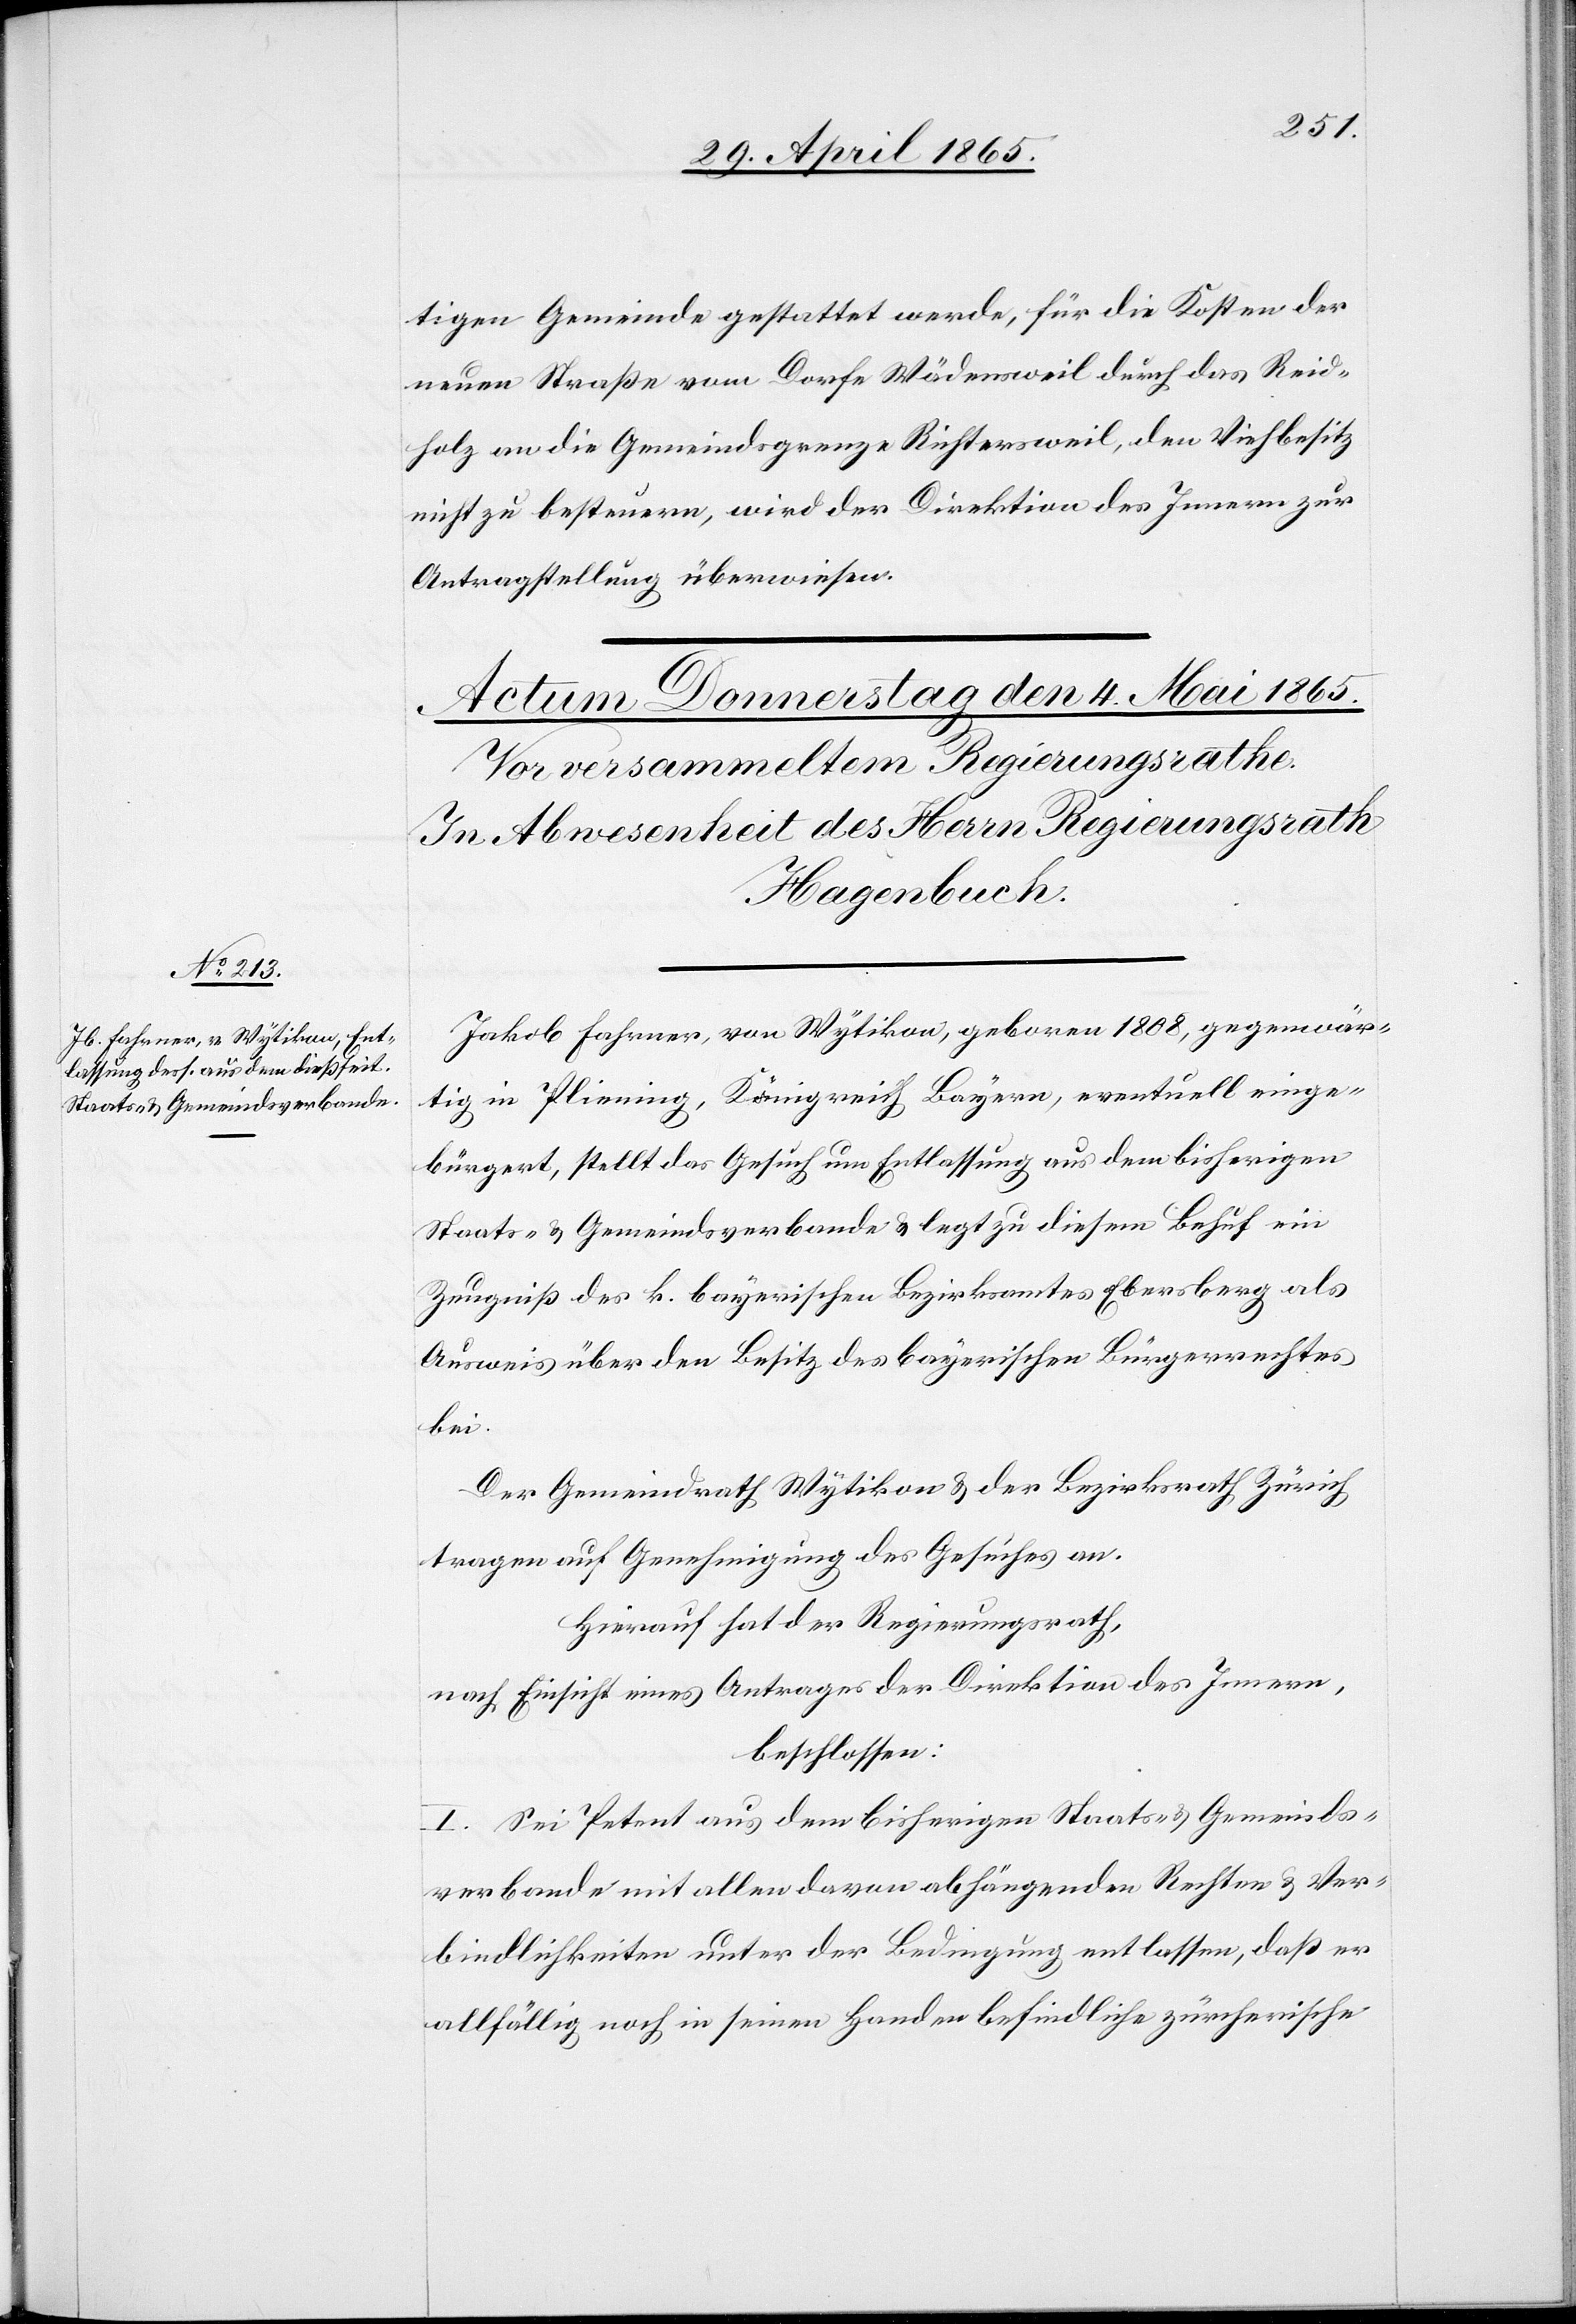
tigen Gemeinde gestattet werde, für die Kosten der
neuen Straße vom Dorfe Wädensweil durch das Reid¬
holz an die Gemeindsgrenze Richtersweil, den Viehbesitz
nicht zu besteuern, wird der Direktion des Innern zur
Antragstellung überwiesen.
Jakob Fahrner, von Wytikon, geboren 1808, gegenwär¬
tig in Pliening, Königreich Bayern, eventuell einge¬
bürgert, stellt das Gesuch um Entlassung aus dem bisherigen
Staats- & Gemeindsverbande & legt zu diesem Behuf ein
Zeugniß des k. bayerischen Bezirksamtes Ebersberg als
Ausweis über den Besitz des bayerischen Bürgerrechtes
bei.
Der Gemeindrath Wädensweil & der Bezirksrath Zürich
tragen auf Genehmigung des Gesuches an.
Hierauf hat der Regierungsrath,
nach Einsicht eines Antrages der Direktion des Innern,
beschlossen:
I. Sei Petent aus dem bisherigen Staats- & Gemeinds¬
verbande mit allen davon abhängenden Rechten & Ver¬
bindlichkeiten unter der Bedingung entlassen, daß er
allfällig noch in seinen Handen befindliche zürcherische